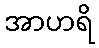
အာဟရိ